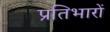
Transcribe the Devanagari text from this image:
प्रतिभारों